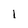
Character: 1